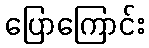
ပြောကြောင်း